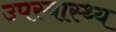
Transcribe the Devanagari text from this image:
उपस्‍वास्‍थ्‍य